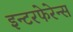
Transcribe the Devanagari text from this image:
इन्टरफेरेन्स